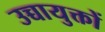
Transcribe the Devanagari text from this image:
उच्चायुक्तों